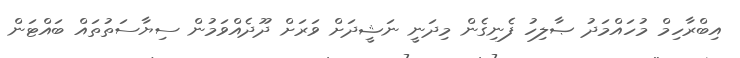
އިބްރާހިމް މުހައްމަދު ޞާލިހު ފެނިގެން މިދަނީ ނަޝީދަށް ވަރަށް ދޫދެއްވަމުން ސިޔާސަތުތައް ބައްޓަން